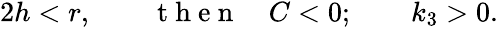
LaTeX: \begin{array}{r}{2h<r,\qquad\mathrm{~t~h~e~n~}\quad C<0;\qquad k_{3}>0.}\end{array}